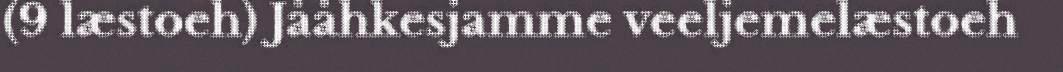
(9 læstoeh) Jååhkesjamme veeljemelæstoeh